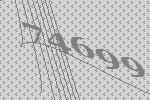
74699